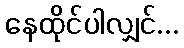
နေထိုင်ပါလျှင်...